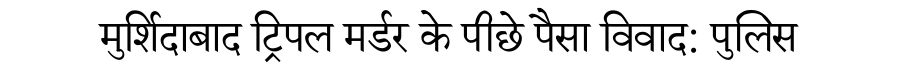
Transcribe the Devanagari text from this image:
मुर्शिदाबाद ट्रिपल मर्डर के पीछे पैसा विवाद: पुलिस